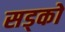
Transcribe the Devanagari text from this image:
सड्को